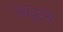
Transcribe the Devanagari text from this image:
बिंदुइस